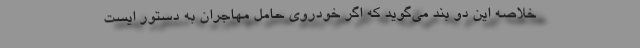
خلاصه این دو بند می‌گوید که اگر خودروی حامل مهاجران به دستور ایست